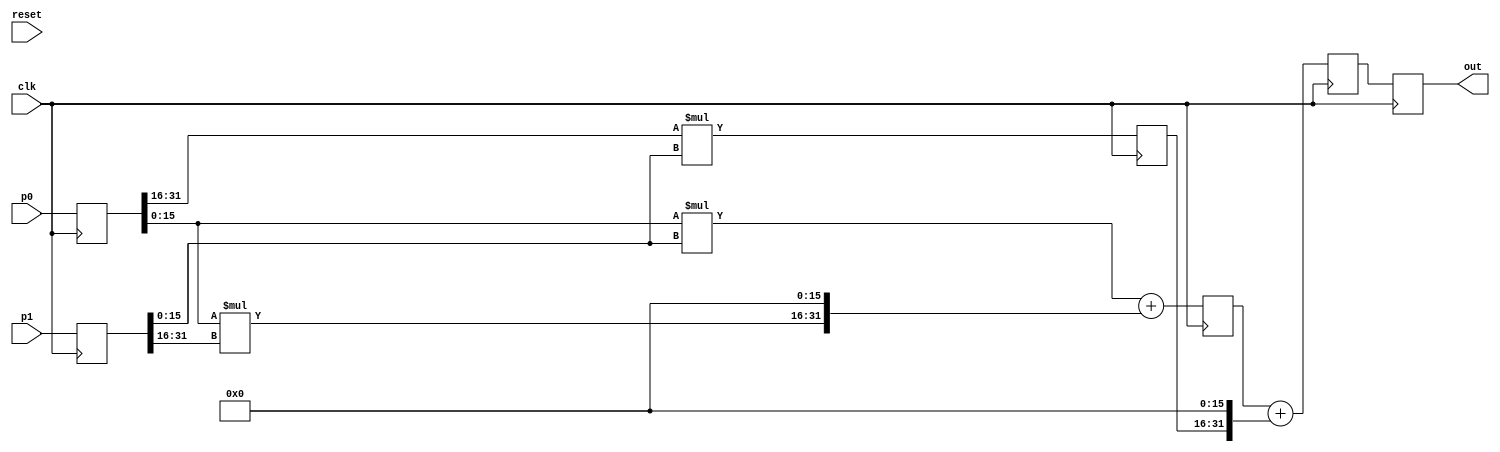
module hls_Mul_2(input clk,
               input reset,
               input [31:0]  p0,
               input [31:0]  p1,
               output [31:0] out);
   wire [15:0]               a = p0r[31:16];
   wire [15:0]               b = p0r[15:0];
   wire [15:0]               c = p1r[31:16];
   wire [15:0]               d = p1r[15:0];
   wire [15:0]               ad = a * d;
   wire [15:0]               bc = b * c;
   wire [31:0]               bd = b * d;
   reg [15:0]                adr;
   reg [31:0]                p0r;
   reg [31:0]                p1r;
   reg [31:0]                t1;
   reg [31:0]                t2;
   reg [31:0]                t3;
   assign out = t3;
   always @(posedge clk)
     begin
        p0r <= p0; p1r <= p1;
        t1 <= bd + {bc[15:0], 16'b0}; adr <= ad[15:0];
        t2 <= t1 + {adr[15:0], 16'b0};
        t3 <= t2;
     end
endmodule